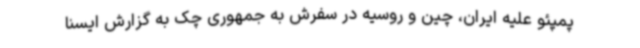
پمپئو علیه ایران، چین و روسیه در سفرش به جمهوری چک به گزارش ایسنا